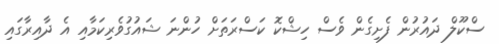
ސްކޫލް ދައުރުން ފެށިގެން ވެސް ހިޝްކޮ ކަސްރަތަށް ހުންނަ ޝައުގުވެރިކަމާއި އެ ދާއިރާގައި